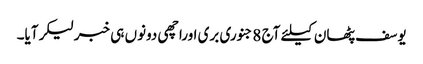
یوسف پٹھان کیلئے آج 8جنوری بری اوراچھی دونوں ہی خبرلیکرآیا۔